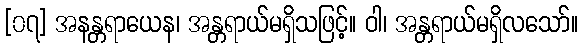
[၀၇] အနန္တရာယေန၊ အန္တရာယ်မရှိသဖြင့်။ ဝါ၊ အန္တရာယ်မရှိလသော်။